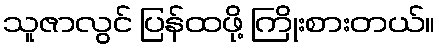
သူဇာလွင် ပြန်ထဖို့ ကြိုးစားတယ်။